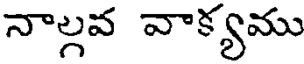
నాల్గవ వాక్యము